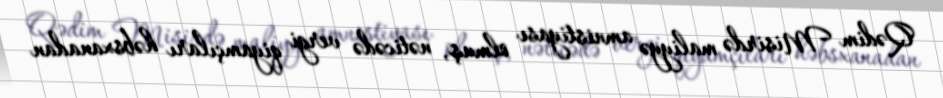
Qədim Misirdə maliyyə amnistiyası olmuş, nəticədə vergi qiyamçıları həbsxanadan